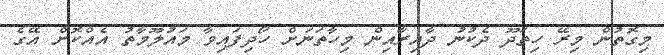
މިގޮތުން މިރޭ ހިތަދޫ ދެކުނު ދާއިރާއިން މިހާތަނަށް ހޯދިފައިވާ މައުލޫމާތު އެއްކޮށް އޭގެ